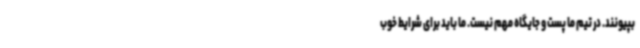
بپیونند. در تیم ما پست و جایگاه مهم نیست. ما باید برای شرایط خوب